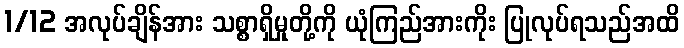
1/12 အလုပ်ချိန်အား သစ္စာရှိမှုတို့ကို ယုံကြည်အားကိုး ပြုလုပ်ရသည်အထိ